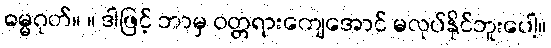
ဓမ္မဂုတ်။ ။ ဒါဖြင့် ဘာမှ ဝတ္တရားကျေအောင် မလုပ်နိုင်ဘူးပေါ့။